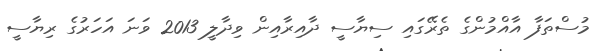
މުސްތަފާ އާއްމުންގެ ތެރޭގައި ސިޔާސީ ދާއިރާއިން ވިދާލީ 2013 ވަނަ އަހަރުގެ ރިޔާސީ